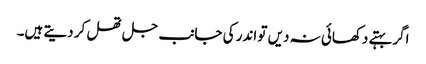
اگر بہتے دکھائی نہ دیں تو اندر کی جانب جل تھل کر دیتے ہیں۔